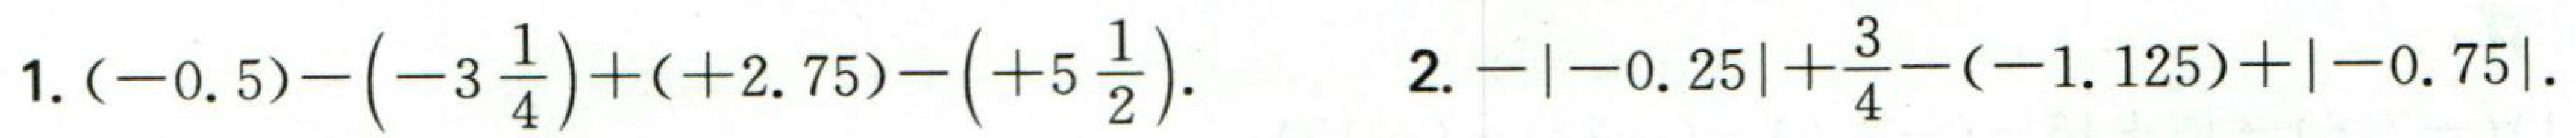
1. \((-0.5)-\left(-3\frac{1}{4}\right)+(+2.75)-\left(+5\frac{1}{2}\right)\).
2. \(-\vert - 0.25\vert+\frac{3}{4}-(-1.125)+\vert - 0.75\vert\).